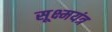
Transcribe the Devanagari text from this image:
सूक्ष्मयंत्र